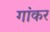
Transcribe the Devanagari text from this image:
गांकर